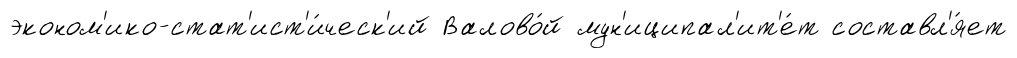
эконом'ико-стат'ист'и́ческ'ий Валово́й мун'иципал'ит'е́т составл'я́ет